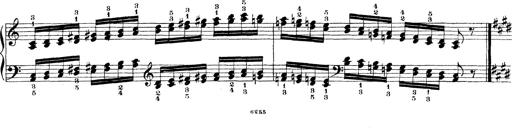
Title: Technische Studien
Composer: Franz Liszt